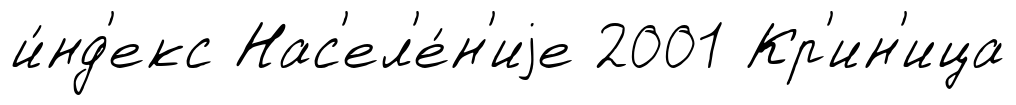
и́нд'екс Нас'ел'е́н'иjе 2001 Кр'ин'ица